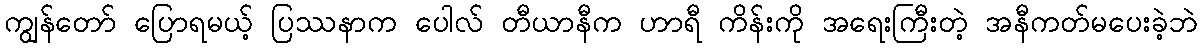
ကျွန်တော် ပြောရမယ့် ပြဿနာက ပေါလ် တီယာနီက ဟာရီ ကိန်းကို အရေးကြီးတဲ့ အနီကတ်မပေးခဲ့ဘဲ